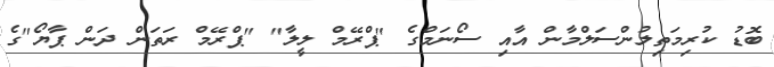
ބޮޑު ކުރިމަތިލުންސަލްމާން އާއި ސޯނަމްގެ "ޕްރޭމް ލީލާ" "ޕްރޭމް ރަތަން ދަން ޕާޔޯ"ގެ